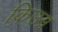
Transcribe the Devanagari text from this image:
किउम्र